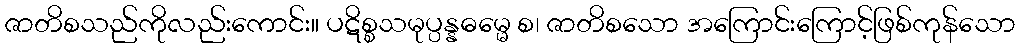
ဇာတိစသည်ကိုလည်းကောင်း။ ပဋိစ္စသမုပ္ပန္နဓမ္မေ စ၊ ဇာတိစသော အကြောင်းကြောင့်ဖြစ်ကုန်သော